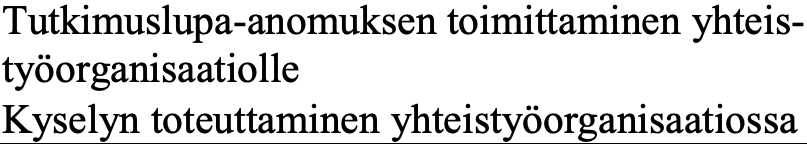
Tutkimuslupa-anomuksen toimittaminen yhteis- työorganisaatiolle Kyselyn toteuttaminen yhteistyöorganisaatiossa